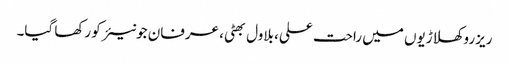
ریزرو کھلاڑیوں میں راحت علی، بلاول بھٹی، عرفان جونیئر کو رکھا گیا۔